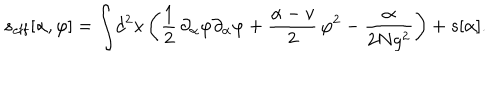
LaTeX: s _ { \mathrm { e f f } } [ \alpha , \varphi ] = \int \! d ^ { 2 } x \left( { \frac { 1 } { 2 } } \, \partial _ { \alpha } \varphi \partial _ { \alpha } \varphi + { \frac { \alpha - v } { 2 } } \, \varphi ^ { 2 } - { \frac { \alpha } { 2 N g ^ { 2 } } } \right) + s [ \alpha ] .